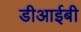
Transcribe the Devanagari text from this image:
डीआईबी